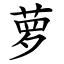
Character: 萝